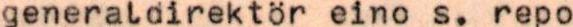
generaldirektör eino s. repo